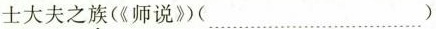
士大夫之族(《师说》(……)